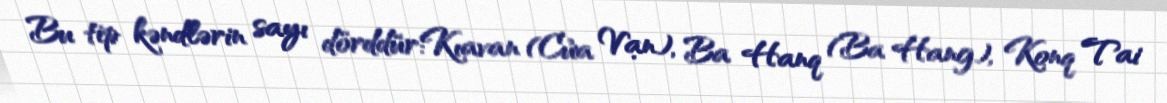
Bu tip kəndlərin sayı dörddür:Kıavan (Cửa Vạn), Ba Hanq (Ba Hang), Konq Tai